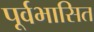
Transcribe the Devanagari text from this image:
पूर्वभासित